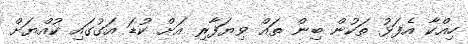
ހިއްކާ އެފަޅު ތަކުން ބިން ތައް ވިޔަފާރި އަށް ކުޑަ އަގުގައި ކުއްޔަށް